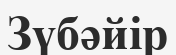
Зүбәйір